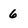
Character: 6